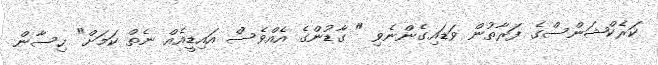
ކަރެކްޝަންސްގެ ފަރާތުން ވަޑައިގެންނެވި " ގާޑުންގެ އެއްވެސް އައިޑީއެއް ނެތް ކަމަށް" ހިސާން